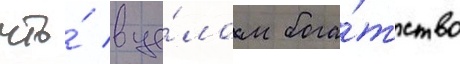
что́ в це́лом бога́тство